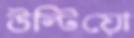
উল্‌টিয়ো